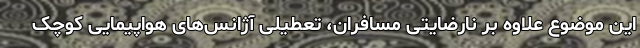
این موضوع علاوه بر نارضایتی مسافران، تعطیلی آژانس‌های هواپیمایی کوچک